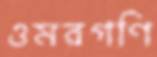
ওমরগণি